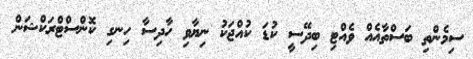
ސިމެންތި ބަސްތާއެއް ވެއްޓި ބިދޭސީ ކުޑަ ކުއްޖަކު ނިޔާވި ހާދިސާ ހިނގި ކޮންސްޓްރަކްޝަން